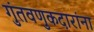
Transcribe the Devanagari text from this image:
गुंतवणुकदारांना